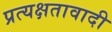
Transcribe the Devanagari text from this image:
प्रत्यक्षतावादी